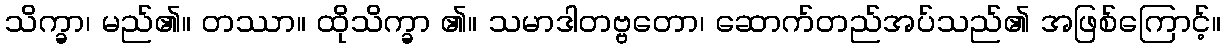
သိက္ခာ၊ မည်၏။ တဿာ။ ထိုသိက္ခာ ၏။ သမာဒါတဗ္ဗတော၊ ဆောက်တည်အပ်သည်၏ အဖြစ်ကြောင့်။